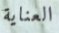
العناية